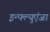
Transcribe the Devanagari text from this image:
इन्फ्ल्युएंजा